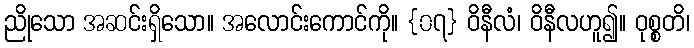
ညိုသော အဆင်းရှိသော။ အလောင်းကောင်ကို။ {၀၇} ဝိနီလံ၊ ဝိနီလဟူ၍။ ဝုစ္စတိ၊